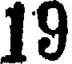
19